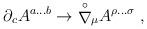
LaTeX: \begin{align*}{\partial}_c A^{a \dots b} \rightarrow {\stackrel{\circ}{\nabla}}{}_{\mu} A^{\rho \dots \sigma} \; ,\end{align*}